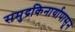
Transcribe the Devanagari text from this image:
समुद्रकिनार्यापासून